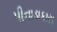
પીનાડાકાસ